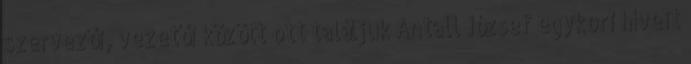
szervezői, vezetői között ott találjuk Antall Jó­zsef egykori híveit